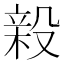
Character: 𭮸